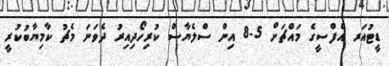
ޑީޓުއަރ އެފްސީގެ މައްޗަށް 5-8 އިން ސްލެޔާސް ކުރިހޯދިއިރު ދެވަނަ މެޗު ކާމިޔާބުކުރީ